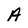
Character: A